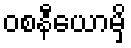
ဝစနီယောမှိ